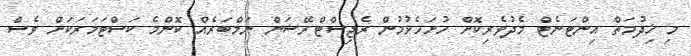
މި ޚިދުމަތް އިންޓަނެޓް މެދުވެރިކޮށް ހުށަހެޅުމުން ރެޖިސްޓްރޭޝަން ނަމްބަރެއް ކޮންމެ ކަސްޓަމަރަކަށް ވެސް